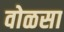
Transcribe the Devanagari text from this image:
वोळसा